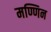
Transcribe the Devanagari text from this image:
मण्णिन